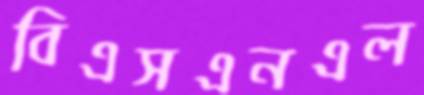
বিএসএনএল